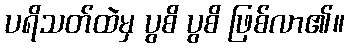
ပရိသတ်ထဲမှ ပွစိ ပွစိ ဖြစ်လာ၏။